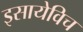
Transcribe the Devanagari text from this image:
इसायेविच